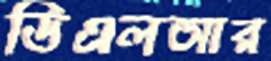
ডিএলআর